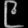
Digit: ၉